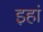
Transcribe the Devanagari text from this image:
इहां